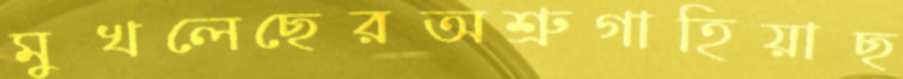
মুখলেছেরঅশ্রুগাহিয়াছ